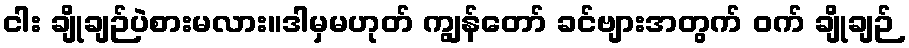
ငါး ချိုချဉ်ပဲစားမလား။ဒါမှမဟုတ် ကျွန်တော် ခင်ဗျားအတွက် ဝက် ချိုချဉ်